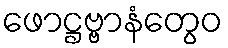
ဖောဋ္ဌဗ္ဗာနံတွေဝ